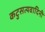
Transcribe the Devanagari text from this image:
कटुसत्यवादिनी